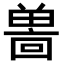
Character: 𪞌